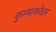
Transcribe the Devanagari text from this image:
कुम्भाकोड़म